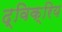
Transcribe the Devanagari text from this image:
द्विक्रिय